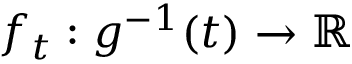
f _ { t } : g ^ { - 1 } ( t ) \to \mathbb { R }